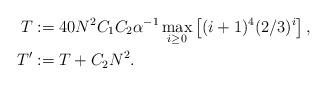
LaTeX: \begin{align*}T&:=40 N^2 C_1 C_2 \alpha^{-1} \max_{i\ge 0}\left[ (i+1)^4(2/3)^i\right],\\T'&:=T+C_2N^2.\end{align*}